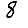
Digit: 8